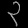
Digit: ၃